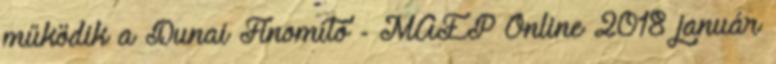
működik a Dunai Finomító - MAÉP Online 2018 január